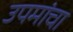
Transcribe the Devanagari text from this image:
उपमांचा